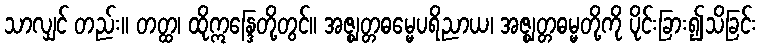
သာလျှင် တည်း။ တတ္ထ၊ ထိုဣန္ဒြေတို့တွင်။ အဇ္ဈတ္တဓမ္မေပရိညာယ၊ အဇ္ဈတ္တဓမ္မတို့ကို ပိုင်းခြား၍သိခြင်း